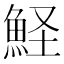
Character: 𩶜